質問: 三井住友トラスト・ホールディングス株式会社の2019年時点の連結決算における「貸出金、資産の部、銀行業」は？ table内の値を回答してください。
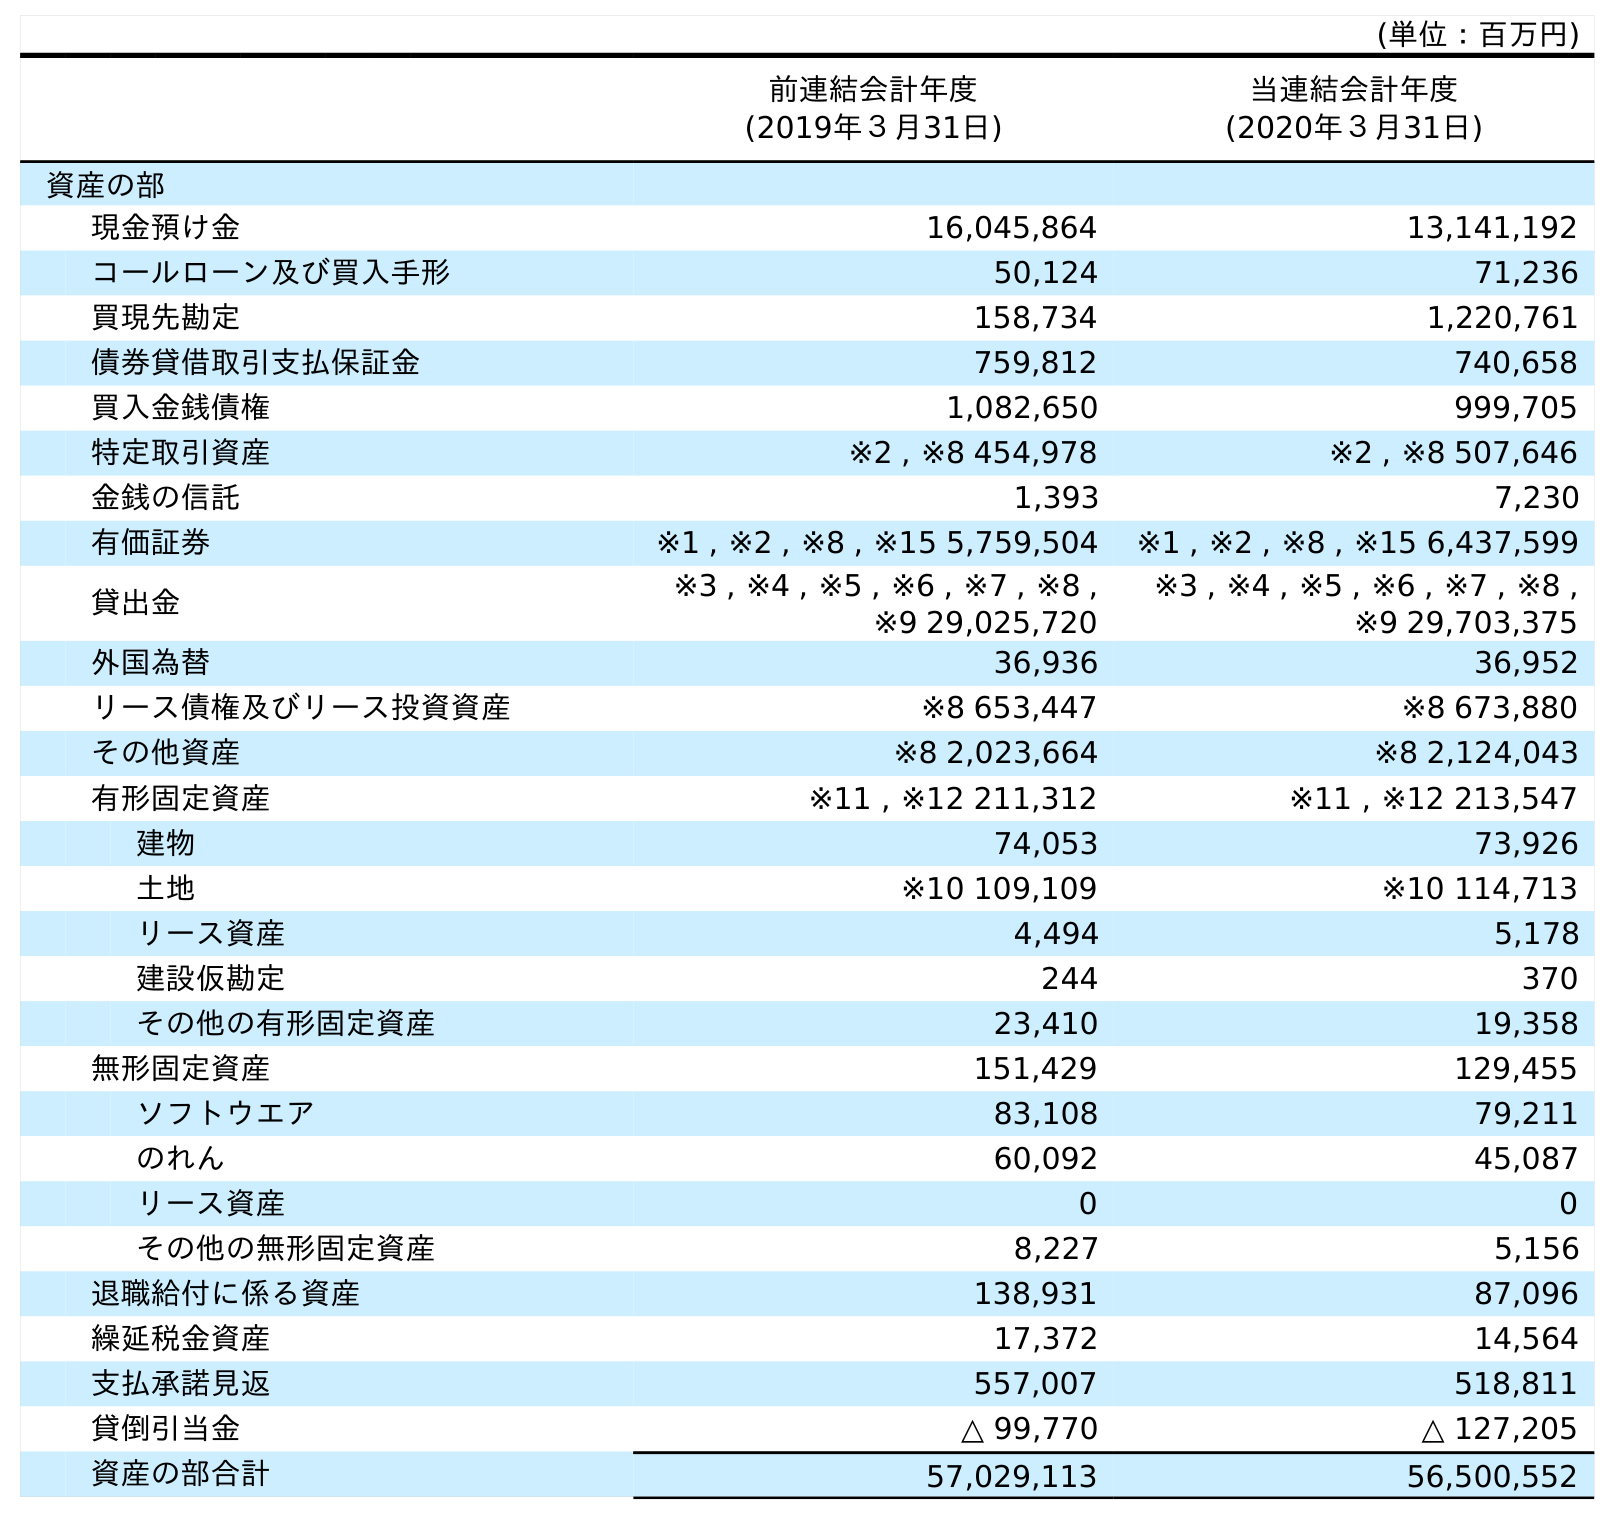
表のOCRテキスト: (単位：百万円) 前連結会計年度 (2019年３月31日) 当連結会計年度 (2020年３月31日) 資産の部 現金預け金 16,045,864 13,141,192 コールローン及び買入手形 50,124 71,236 買現先勘定 158,734 1,220,761 債券貸借取引支払保証金 759,812 740,658 買入金銭債権 1,082,650 999,705 特定取引資産 ※2 , ※8 454,978 ※2 , ※8 507,646 金銭の信託 1,393 7,230 有価証券 ※1 , ※2 , ※8 , ※15 5,759,504 ※1 , ※2 , ※8 , ※15 6,437,599 貸出金 ※3 , ※4 , ※5 , ※6 , ※7 , ※8 , ※9 29,025,720 ※3 , ※4 , ※5 , ※6 , ※7 , ※8 , ※9 29,703,375 外国為替 36,936 36,952 リース債権及びリース投資資産 ※8 653,447 ※8 673,880 その他資産 ※8 2,023,664 ※8 2,124,043 有形固定資産 ※11 , ※12 211,312 ※11 , ※12 213,547 建物 74,053 73,926 土地 ※10 109,109 ※10 114,713 リース資産 4,494 5,178 建設仮勘定 244 370 その他の有形固定資産 23,410 19,358 無形固定資産 151,429 129,455 ソフトウエア 83,108 79,211 のれん 60,092 45,087 リース資産 0 0 その他の無形固定資産 8,227 5,156 退職給付に係る資産 138,931 87,096 繰延税金資産 17,372 14,564 支払承諾見返 557,007 518,811 貸倒引当金 △ 99,770 △ 127,205 資産の部合計 57,029,113 56,500,552
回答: ※3,※4,※5,※6,※7,※8,※929,025,720